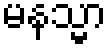
မနသ္မာ